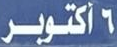
6 أكتوبر